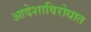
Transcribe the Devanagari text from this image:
आदेशाविरोधात